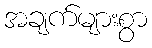
အချက်များစွာ